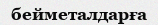
бейметалдарға